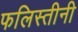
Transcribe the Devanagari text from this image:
फलिस्तीनी